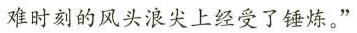
难时刻的风头浪尖上经受了锤炼。